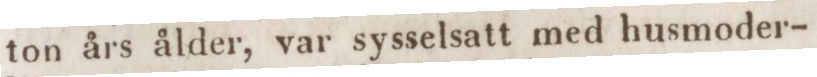
ton års ålder, var sysselsatt med husmoder-